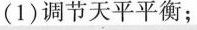
(1)调节天平平衡；